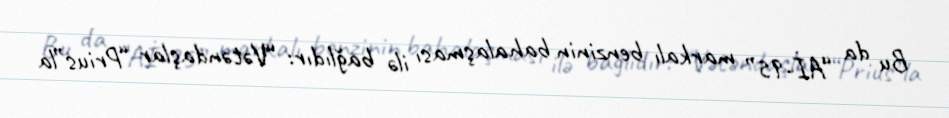
Bu da “Aİ-95” markalı benzinin bahalaşması ilə bağlıdır: “Vətəndaşlar “Prius”la